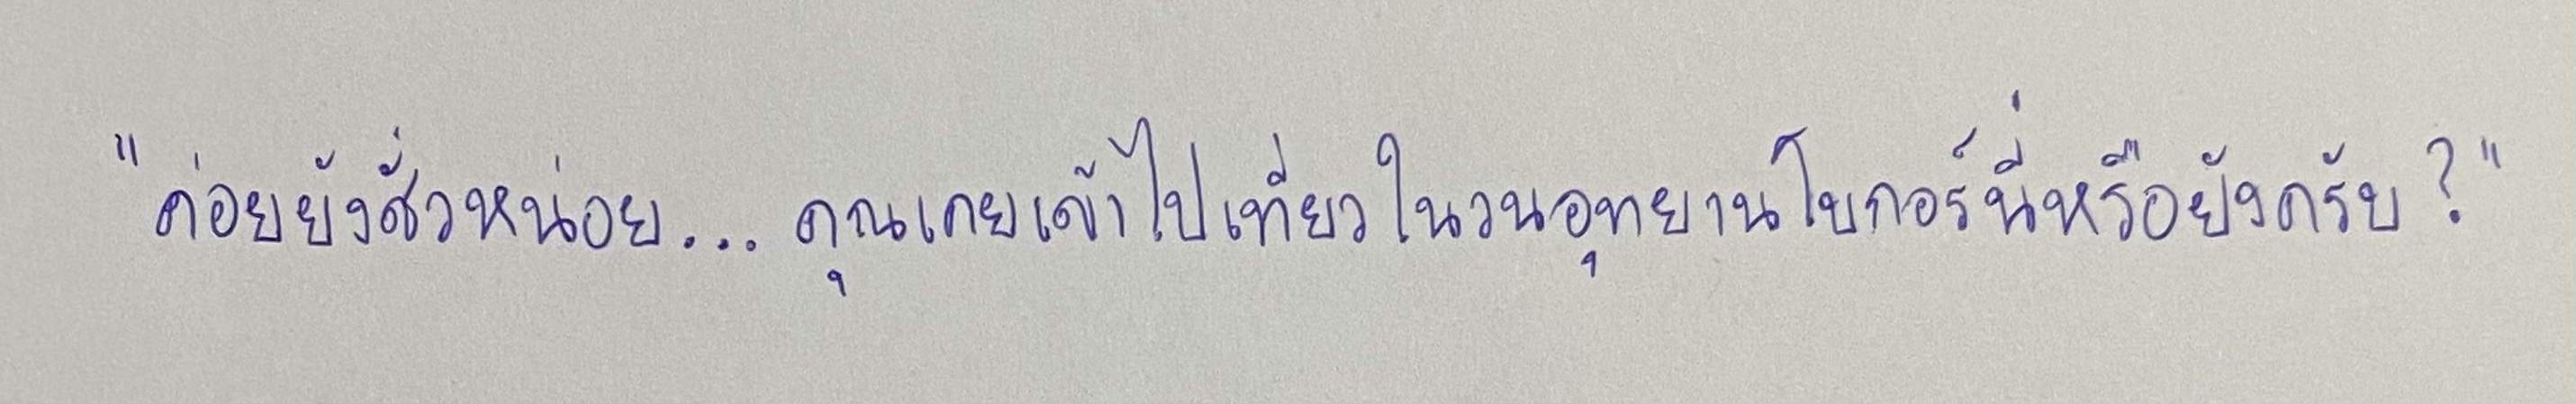
"ค่อยยังชั่วหน่อย...คุณเคยเข้าไปเที่ยวในวนอุทยานโบกอร์นี่หรือยังครับ?"